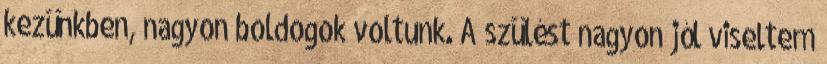
kezünkben, nagyon boldogok voltunk. A szülést nagyon jól viseltem